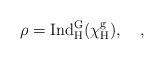
\begin{align*} \rho=\rm{Ind}_{H}^{G}(\chi_{H}^{g}), \quad,\end{align*}